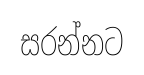
සරන්නට